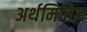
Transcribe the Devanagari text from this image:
अर्थमितिज्ञ